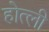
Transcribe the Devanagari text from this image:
होत्ली